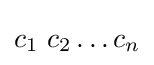
{\textstyle c_{1}\ c_{2}\ldots c_{n}}